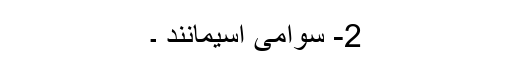
2- سوامی اسیمانند ۔